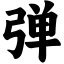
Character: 弹